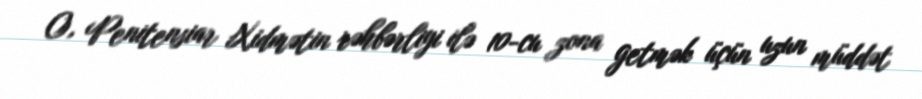
O, Penitensiar Xidmətin rəhbərliyi ilə 10-cu zona getmək üçün uzun müddət